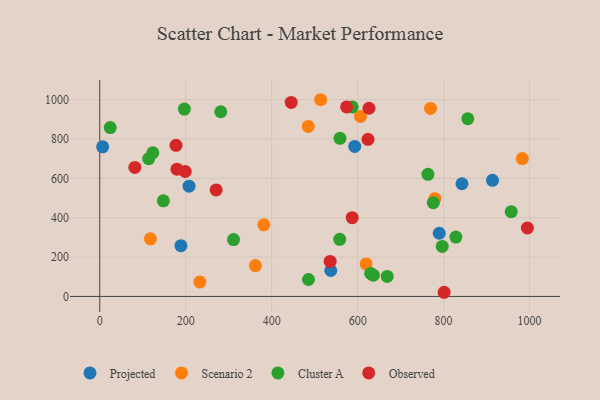
{"axis": {"x": "Ad Spend", "y": "Fuel Efficiency"}, "legend": ["Cluster A", "Observed", "Projected", "Scenario 2"], "data": [{"x": "207.8", "y": 560.2, "type": "Projected"}, {"x": "789.9", "y": 321.2, "type": "Projected"}, {"x": "842.7", "y": 572.7, "type": "Projected"}, {"x": "6.7", "y": 760.5, "type": "Projected"}, {"x": "913.8", "y": 589.8, "type": "Projected"}, {"x": "537.5", "y": 131.8, "type": "Projected"}, {"x": "188.9", "y": 258.1, "type": "Projected"}, {"x": "593.2", "y": 762.5, "type": "Projected"}, {"x": "381.8", "y": 363.8, "type": "Scenario 2"}, {"x": "769.6", "y": 955.6, "type": "Scenario 2"}, {"x": "619.7", "y": 165.5, "type": "Scenario 2"}, {"x": "983.1", "y": 700.7, "type": "Scenario 2"}, {"x": "362.2", "y": 156.8, "type": "Scenario 2"}, {"x": "779.6", "y": 496.6, "type": "Scenario 2"}, {"x": "514.0", "y": 999.6, "type": "Scenario 2"}, {"x": "117.9", "y": 292.7, "type": "Scenario 2"}, {"x": "232.9", "y": 73.3, "type": "Scenario 2"}, {"x": "485.1", "y": 863.8, "type": "Scenario 2"}, {"x": "606.6", "y": 914.8, "type": "Scenario 2"}, {"x": "763.5", "y": 620.3, "type": "Cluster A"}, {"x": "558.9", "y": 803.7, "type": "Cluster A"}, {"x": "668.8", "y": 101.7, "type": "Cluster A"}, {"x": "630.4", "y": 117.0, "type": "Cluster A"}, {"x": "558.3", "y": 290.0, "type": "Cluster A"}, {"x": "796.8", "y": 254.2, "type": "Cluster A"}, {"x": "587.4", "y": 963.2, "type": "Cluster A"}, {"x": "196.9", "y": 952.1, "type": "Cluster A"}, {"x": "828.5", "y": 301.8, "type": "Cluster A"}, {"x": "485.7", "y": 86.0, "type": "Cluster A"}, {"x": "776.0", "y": 476.6, "type": "Cluster A"}, {"x": "24.4", "y": 857.9, "type": "Cluster A"}, {"x": "311.3", "y": 289.0, "type": "Cluster A"}, {"x": "636.5", "y": 108.3, "type": "Cluster A"}, {"x": "856.3", "y": 903.0, "type": "Cluster A"}, {"x": "123.5", "y": 730.2, "type": "Cluster A"}, {"x": "957.3", "y": 431.0, "type": "Cluster A"}, {"x": "281.6", "y": 938.6, "type": "Cluster A"}, {"x": "113.9", "y": 700.0, "type": "Cluster A"}, {"x": "148.0", "y": 485.9, "type": "Cluster A"}, {"x": "81.6", "y": 655.8, "type": "Observed"}, {"x": "994.9", "y": 347.7, "type": "Observed"}, {"x": "624.1", "y": 798.3, "type": "Observed"}, {"x": "177.4", "y": 768.1, "type": "Observed"}, {"x": "587.3", "y": 400.3, "type": "Observed"}, {"x": "536.1", "y": 178.2, "type": "Observed"}, {"x": "198.9", "y": 634.9, "type": "Observed"}, {"x": "574.4", "y": 963.1, "type": "Observed"}, {"x": "445.4", "y": 985.8, "type": "Observed"}, {"x": "626.4", "y": 956.4, "type": "Observed"}, {"x": "801.2", "y": 21.2, "type": "Observed"}, {"x": "179.7", "y": 646.6, "type": "Observed"}, {"x": "270.8", "y": 541.5, "type": "Observed"}]}